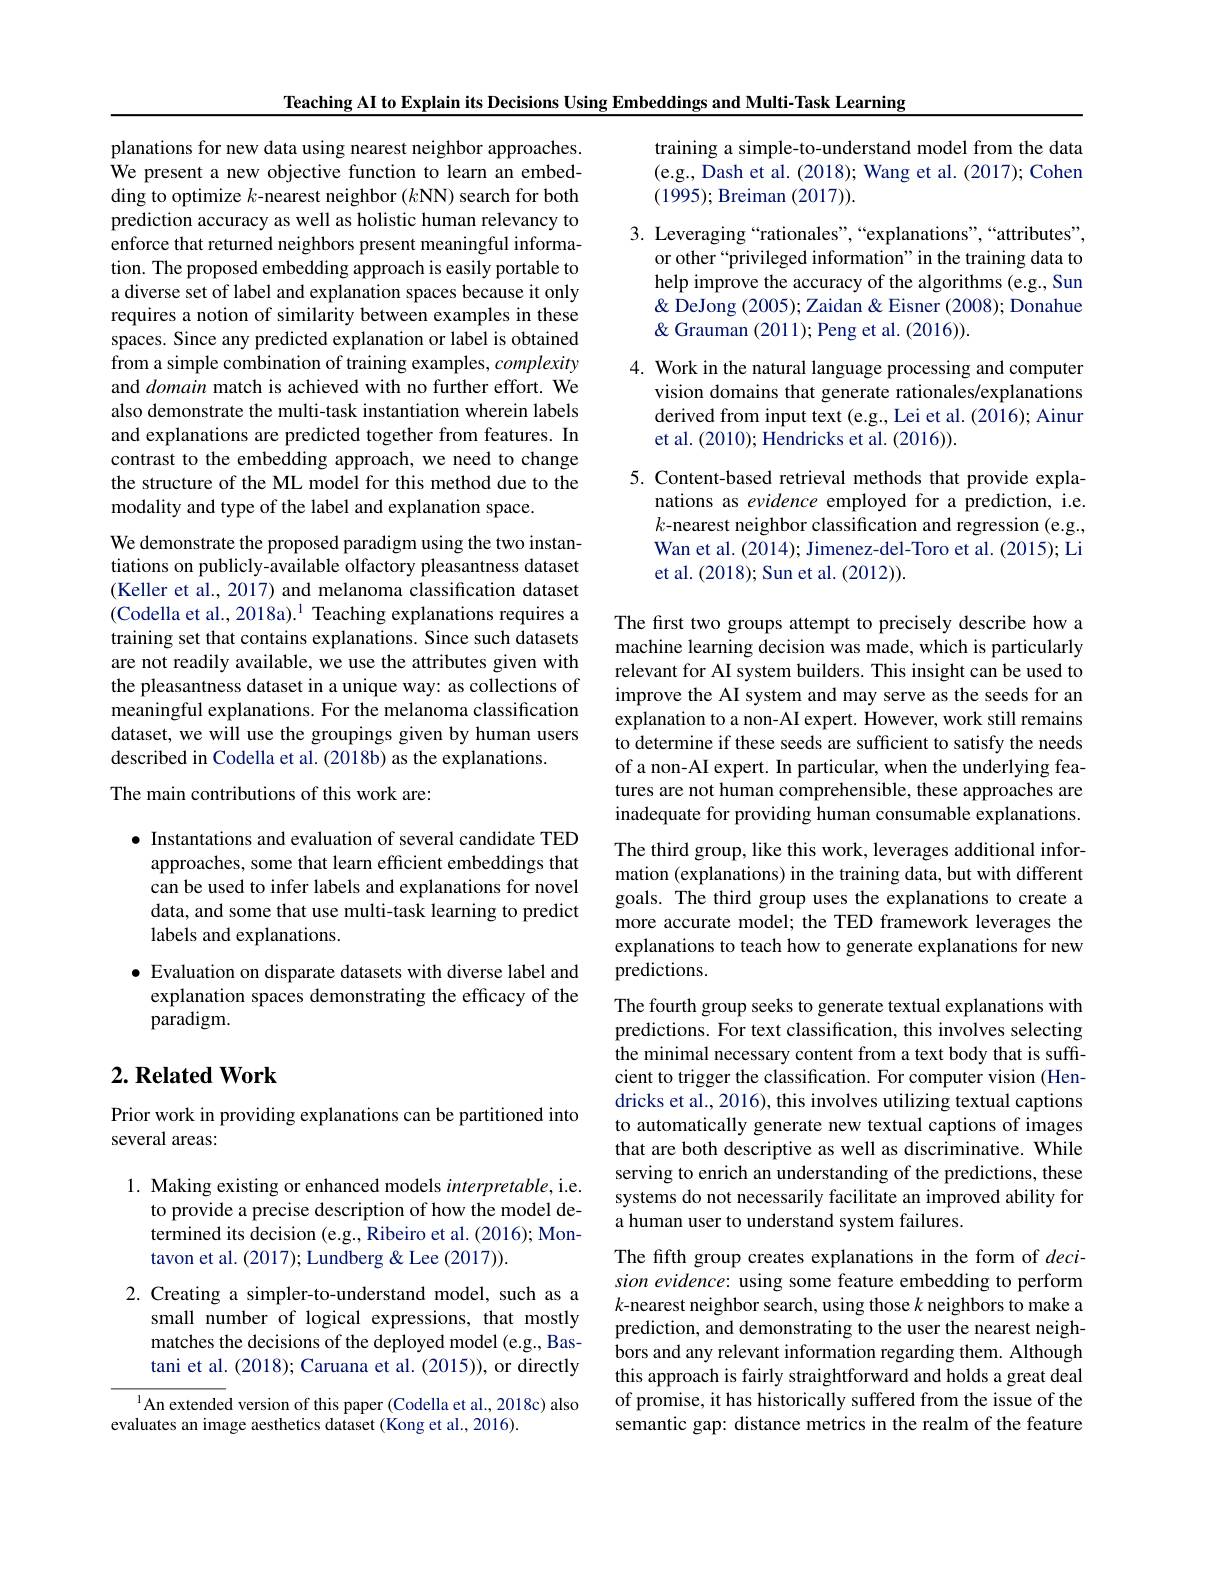
Teaching AI to Explain its Decisions Using Embeddings and Multi-Task Learning

planations for new data using nearest neighbor approaches We present a new objective function to learn an embedding to optimize $k$-nearest neighbor $(k$NN) search for both prediction accuracy as well as holistic human relevancy to enforce that returned neighbors present meaningful information. The proposed embedding approach is easily portable to a diverse set of label and explanation spaces because it only requires a notion of similarity between examples in these spaces. Since any predicted explanation or label is obtained from a simple combination of training examples, complexity and domain match is achieved with no further effort. We also demonstrate the multi-task instantiation wherein labels and explanations are predicted together from features. In contrast to the embedding approach, we need to change the structure of the ML model for this method due to the modality and type of the label and explanation space.

We demonstrate the proposed paradigm using the two instantiations on publicly-available olfactory pleasantness dataset (Keller et al., 2017) and melanoma classification dataset (Codella et al., 2018a).$^1$ Teaching explanations requires a training set that contains explanations. Since such datasets are not readily available, we use the attributes given with the pleasantness dataset in a unique way: as collections of meaningful explanations. For the melanoma classification dataset, we will use the groupings given by human users described in Codella et al. (2018b) as the explanations.
The main contributions of this work are:

$\bullet$ Instantations and evaluation of several candidate TED approaches, some that learn efficient embeddings that can be used to infer labels and explanations for novel data, and some that use multi-task learning to predict labels and explanations.

$\bullet$ Evaluation on disparate datasets with diverse label and explanation spaces demonstrating the efficacy of the paradigm.

## $2. \textbf{ Related Work}$

Prior work in providing explanations can be partitioned into
several areas:

1. Making existing or enhanced models interpretable, i.e.
to provide a precise description of how the model determined its decision (e.g., Ribeiro et al. (2016); Montavon et al. (2017); Lundberg & Lee (2017)).

2. Creating a simpler-to-understand model, such as a
small number of logical expressions, that mostly matches the decisions of the deployed model (e.g., Bastani et al. (2018); Caruana et al. (2015)), or directly

$^{1}$An extended version of this paper (Codella et al., 2018c) also
evaluates an image aesthetics dataset (Kong et al., 2016).

training a simple-to-understand model from the data (e.g., Dash et al. (2018); Wang et al. (2017); Cohen (1995); Breiman (2017)).
3. Leveraging“rationales”,“explanations",“attributes”,
or other “privileged information" in the training data to help improve the accuracy of the algorithms (e.g., Sun & DeJong (2005); Zaidan & Eisner (2008); Donahue $\&$ Grauman (2011);Peng et al.(2016)).
4. Work in the natural language processing and computer
vision domains that generate rationales/explanations derived from input text (e.g., Lei et al. (2016); Ainur et al. (2010);Hendricks et al. (2016)).
5. Content-based retrieval methods that provide expla-
nations as evidence employed for a prediction, i.e. $k$-nearest neighbor classification and regression (e.g.,

Wan et al. (2014); Jimenez-del-Toro et al. (2015); Li
et al. (2018); Sun et al. (2012)).

The first two groups attempt to precisely describe how a machine learning decision was made, which is particularly relevant for AI system builders. This insight can be used to improve the AI system and may serve as the seeds for an explanation to a non-AI expert. However, work still remains to determine if these seeds are sufficient to satisfy the needs of a non-AI expert. In particular, when the underlying features are not human comprehensible, these approaches are inadequate for providing human consumable explanations. The third group, like this work, leverages additional information (explanations) in the training data, but with different goals. The third group uses the explanations to create a more accurate model; the TED framework leverages the explanations to teach how to generate explanations for new predictions.

The fourth group seeks to generate textual explanations with predictions. For text classification, this involves selecting the minimal necessary content from a text body that is sufficient to trigger the classification. For computer vision (Hendricks et al., 2016), this involves utilizing textual captions to automatically generate new textual captions of images that are both descriptive as well as discriminative. While serving to enrich an understanding of the predictions, these systems do not necessarily facilitate an improved ability for a human user to understand system failures.

The fifth group creates explanations in the form of decision evidence: using some feature embedding to perform $k$-nearest neighbor search, using those $k$ neighbors to make a prediction, and demonstrating to the user the nearest neighbors and any relevant information regarding them. Although this approach is fairly straightforward and holds a great deal of promise, it has historically suffered from the issue of the semantic gap: distance metrics in the realm of the feature